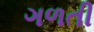
ગળતી